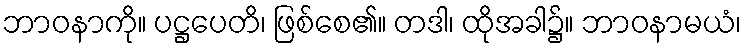
ဘာဝနာကို။ ပဋ္ဌပေတိ၊ ဖြစ်စေ၏။ တဒါ၊ ထိုအခါ၌။ ဘာဝနာမယံ၊